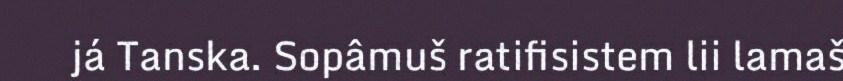
já Tanska. Sopâmuš ratifisistem lii lamaš